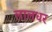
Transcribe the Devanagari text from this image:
लालधर